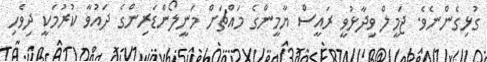
ގުޅިގެންނެވެ. ޖަމީލް ވިދާޅުވީ ރައީސް ޔާމީންގެ މައްޗަށް މަނީލޯންޑަރިންގެ ދައުވާ ކުރުމަކީ ދިވެހި